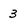
Character: 3